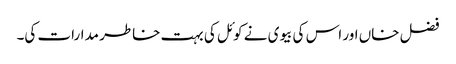
فضل خاں اور اس کی بیوی نے کوئل کی بہت خاطر مدارات کی۔